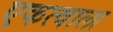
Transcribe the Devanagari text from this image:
एकत्वाला